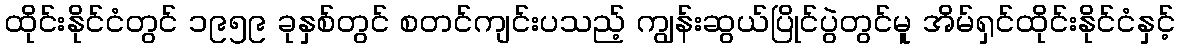
ထိုင်းနိုင်ငံတွင် ၁၉၅၉ ခုနှစ်တွင် စတင်ကျင်းပသည့် ကျွန်းဆွယ်ပြိုင်ပွဲတွင်မူ အိမ်ရှင်ထိုင်းနိုင်ငံနှင့်